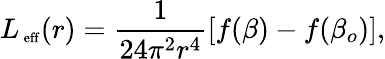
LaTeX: L_{\mathrm{\scriptsize~eff}}(r)=\frac{1}{24\pi^{2}r^{4}}\left[f(\beta)-f(\beta_{o})\right],